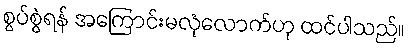
စွပ်စွဲရန် အကြောင်းမလုံလောက်ဟု ထင်ပါသည်။